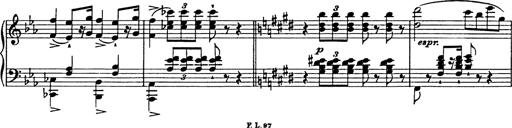
Title: Festmarsch zur SÃ¤cularfeier von Goethes Geburtstag
Composer: Franz Liszt